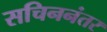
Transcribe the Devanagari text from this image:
सचिननंतर